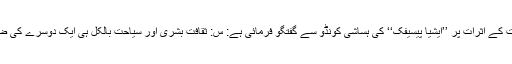
پروفیسر شنجی یماشیتا ماہرِ ثقافتِ بشری نے روایتی ثقافتوں پر سیاحت کے اثرات پر ’’ایشیا پیسیفک‘‘ کی ہساشی کونڈو سے گفتگو فرمائی ہے: س: ثقافتِ بشری اور سیاحت بالکل ہی ایک دوسرے کی ضد معلوم ہوتی ہیں اور آپ کی دلچسپی کا موضوع مبدائے سیاحت ہے۔